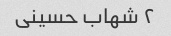
۲ شهاب حسینی